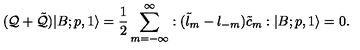
( { \cal Q } + \tilde { \cal Q } ) | B ; p , 1 \rangle = \frac { 1 } { 2 } \sum _ { m = - \infty } ^ { \infty } : ( \tilde { l } _ { m } - { l } _ { - m } ) \tilde { c } _ { m } : | B ; p , 1 \rangle = 0 .